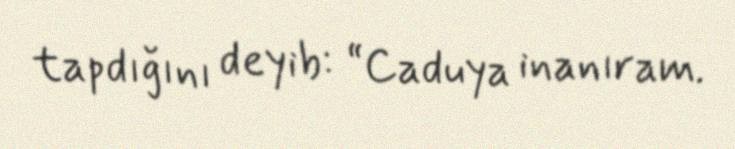
tapdığını deyib: “Caduya inanıram.